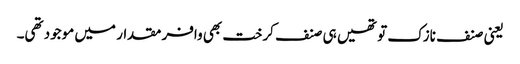
یعنی صنف نازک تو تھیں ہی صنف کرخت بھی وافر مقدار میں موجود تھی۔